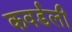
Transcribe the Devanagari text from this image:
कवर्डली